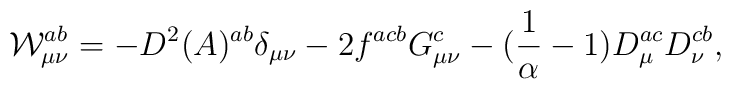
{\cal{W}}^{ab}_{\mu \nu}=-D^2(A)^{ab} \delta_{\mu \nu} - 2 f^{acb} G^{c}_{\mu \nu}-({1 \over \alpha} - 1) D^{ac}_{\mu} D^{cb}_{\nu},